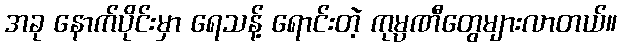
အခု နောက်ပိုင်းမှာ ရေသန့် ရောင်းတဲ့ ကုမ္ပဏီတွေများလာတယ်။